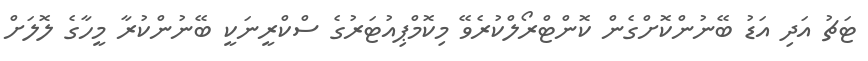
ޓަޗު އަދި އަޑު ބޭނުންކޮށްގެން ކޮންޓްރޯލްކުރެވޭ މިކޮމްޕިއުޓަރުގެ ސްކްރީނަކީ ބޭނުންކުރާ މީހާގެ ލޮލަށް